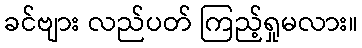
ခင်ဗျား လည်ပတ် ကြည့်ရှုမလား။